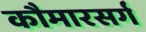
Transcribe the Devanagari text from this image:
कौमारसर्ग